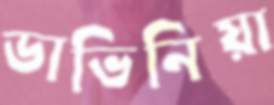
ডাভিনিয়া